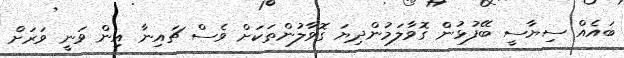
ބައެއް ސިޔާސީ ބޭފުޅުން ގޮވާލަމުންދިޔަ ގޮވާލުންތަކަށް ވެސް ޗައިނާ އިން ވަނީ ވަރަށް